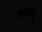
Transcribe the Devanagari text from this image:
बसमधू